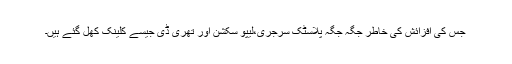
جس کی افزائش کی خاطر جگہ جگہ پلاسٹک سرجری،لیپو سکشن اور تھری ڈی جیسے کلینک کھل گئے ہیں۔